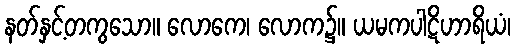
နတ်နှင့်တကွသော။ လောကေ၊ လောက၌။ ယမကပါဋိဟာရိယံ၊